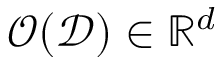
\mathcal { O } ( \mathcal { D } ) \in \mathbb { R } ^ { d }